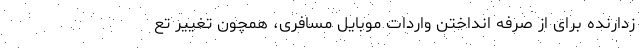
زدارنده برای از صرفه انداختن واردات موبایل مسافری، همچون تغییر تع